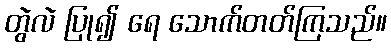
တွဲလဲ ပြု၍ ရေ သောက်တတ်ကြသည်။